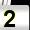
Digit: 2